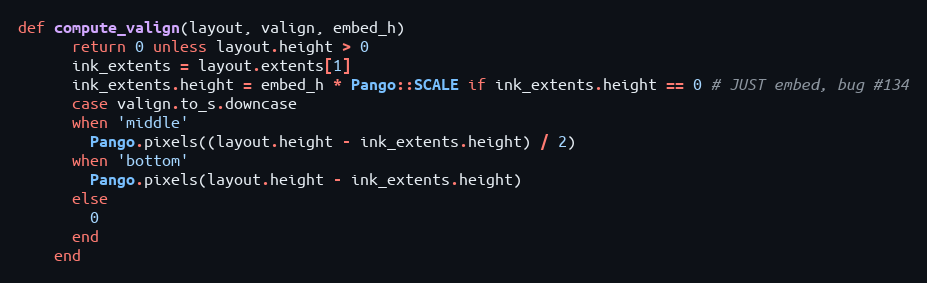
Language: Ruby
def compute_valign(layout, valign, embed_h)
      return 0 unless layout.height > 0
      ink_extents = layout.extents[1]
      ink_extents.height = embed_h * Pango::SCALE if ink_extents.height == 0 # JUST embed, bug #134
      case valign.to_s.downcase
      when 'middle'
        Pango.pixels((layout.height - ink_extents.height) / 2)
      when 'bottom'
        Pango.pixels(layout.height - ink_extents.height)
      else
        0
      end
    end